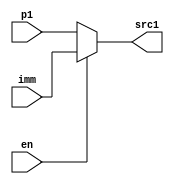
module simple_mux(p1,imm,en,src1); //16bit choosing mux
input[15:0]p1,imm;
input en;
output[15:0] src1;


assign src1 = (en)? imm:p1; //if en is up, choose imm, otherwise p1;

endmodule